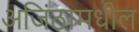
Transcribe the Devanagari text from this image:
अजिंठामधील